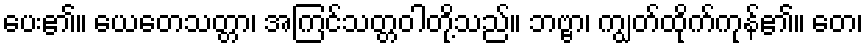
ပေး၏။ ယေတေသတ္တာ၊ အကြင်သတ္တဝါတို့သည်။ ဘဗ္ဗာ၊ ကျွတ်ထိုက်ကုန်၏။ တေ၊